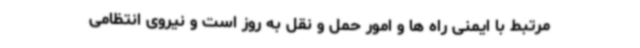
مرتبط با ایمنی راه ها و امور حمل و نقل به روز است و نیروی انتظامی